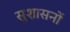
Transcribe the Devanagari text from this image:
सुशासनों